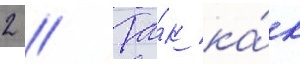
2 // Та́к ка́к